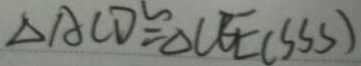
\Delta A C D \cong \Delta C B E ( S S S )